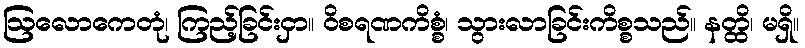
ဩလောကေတုံ၊ ကြည့်ခြင်းငှာ။ ဝိစရဏကိစ္စံ၊ သွားလာခြင်းကိစ္စသည်။ နတ္ထိ၊ မရှိ။